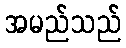
အမည်သည်